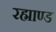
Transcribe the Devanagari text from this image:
रह्माण्ड